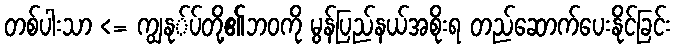
တစ်ပါးသာ <= ကျွနု်ပ်တို့၏ဘဝကို မွန်ပြည်နယ်အစိုးရ တည်ဆောက်ပေးနိုင်ခြင်း